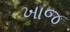
ખાજ